NAE_ERA_R-1765_ENSV_Kirjanike_Liit_1945-1955, lk 35
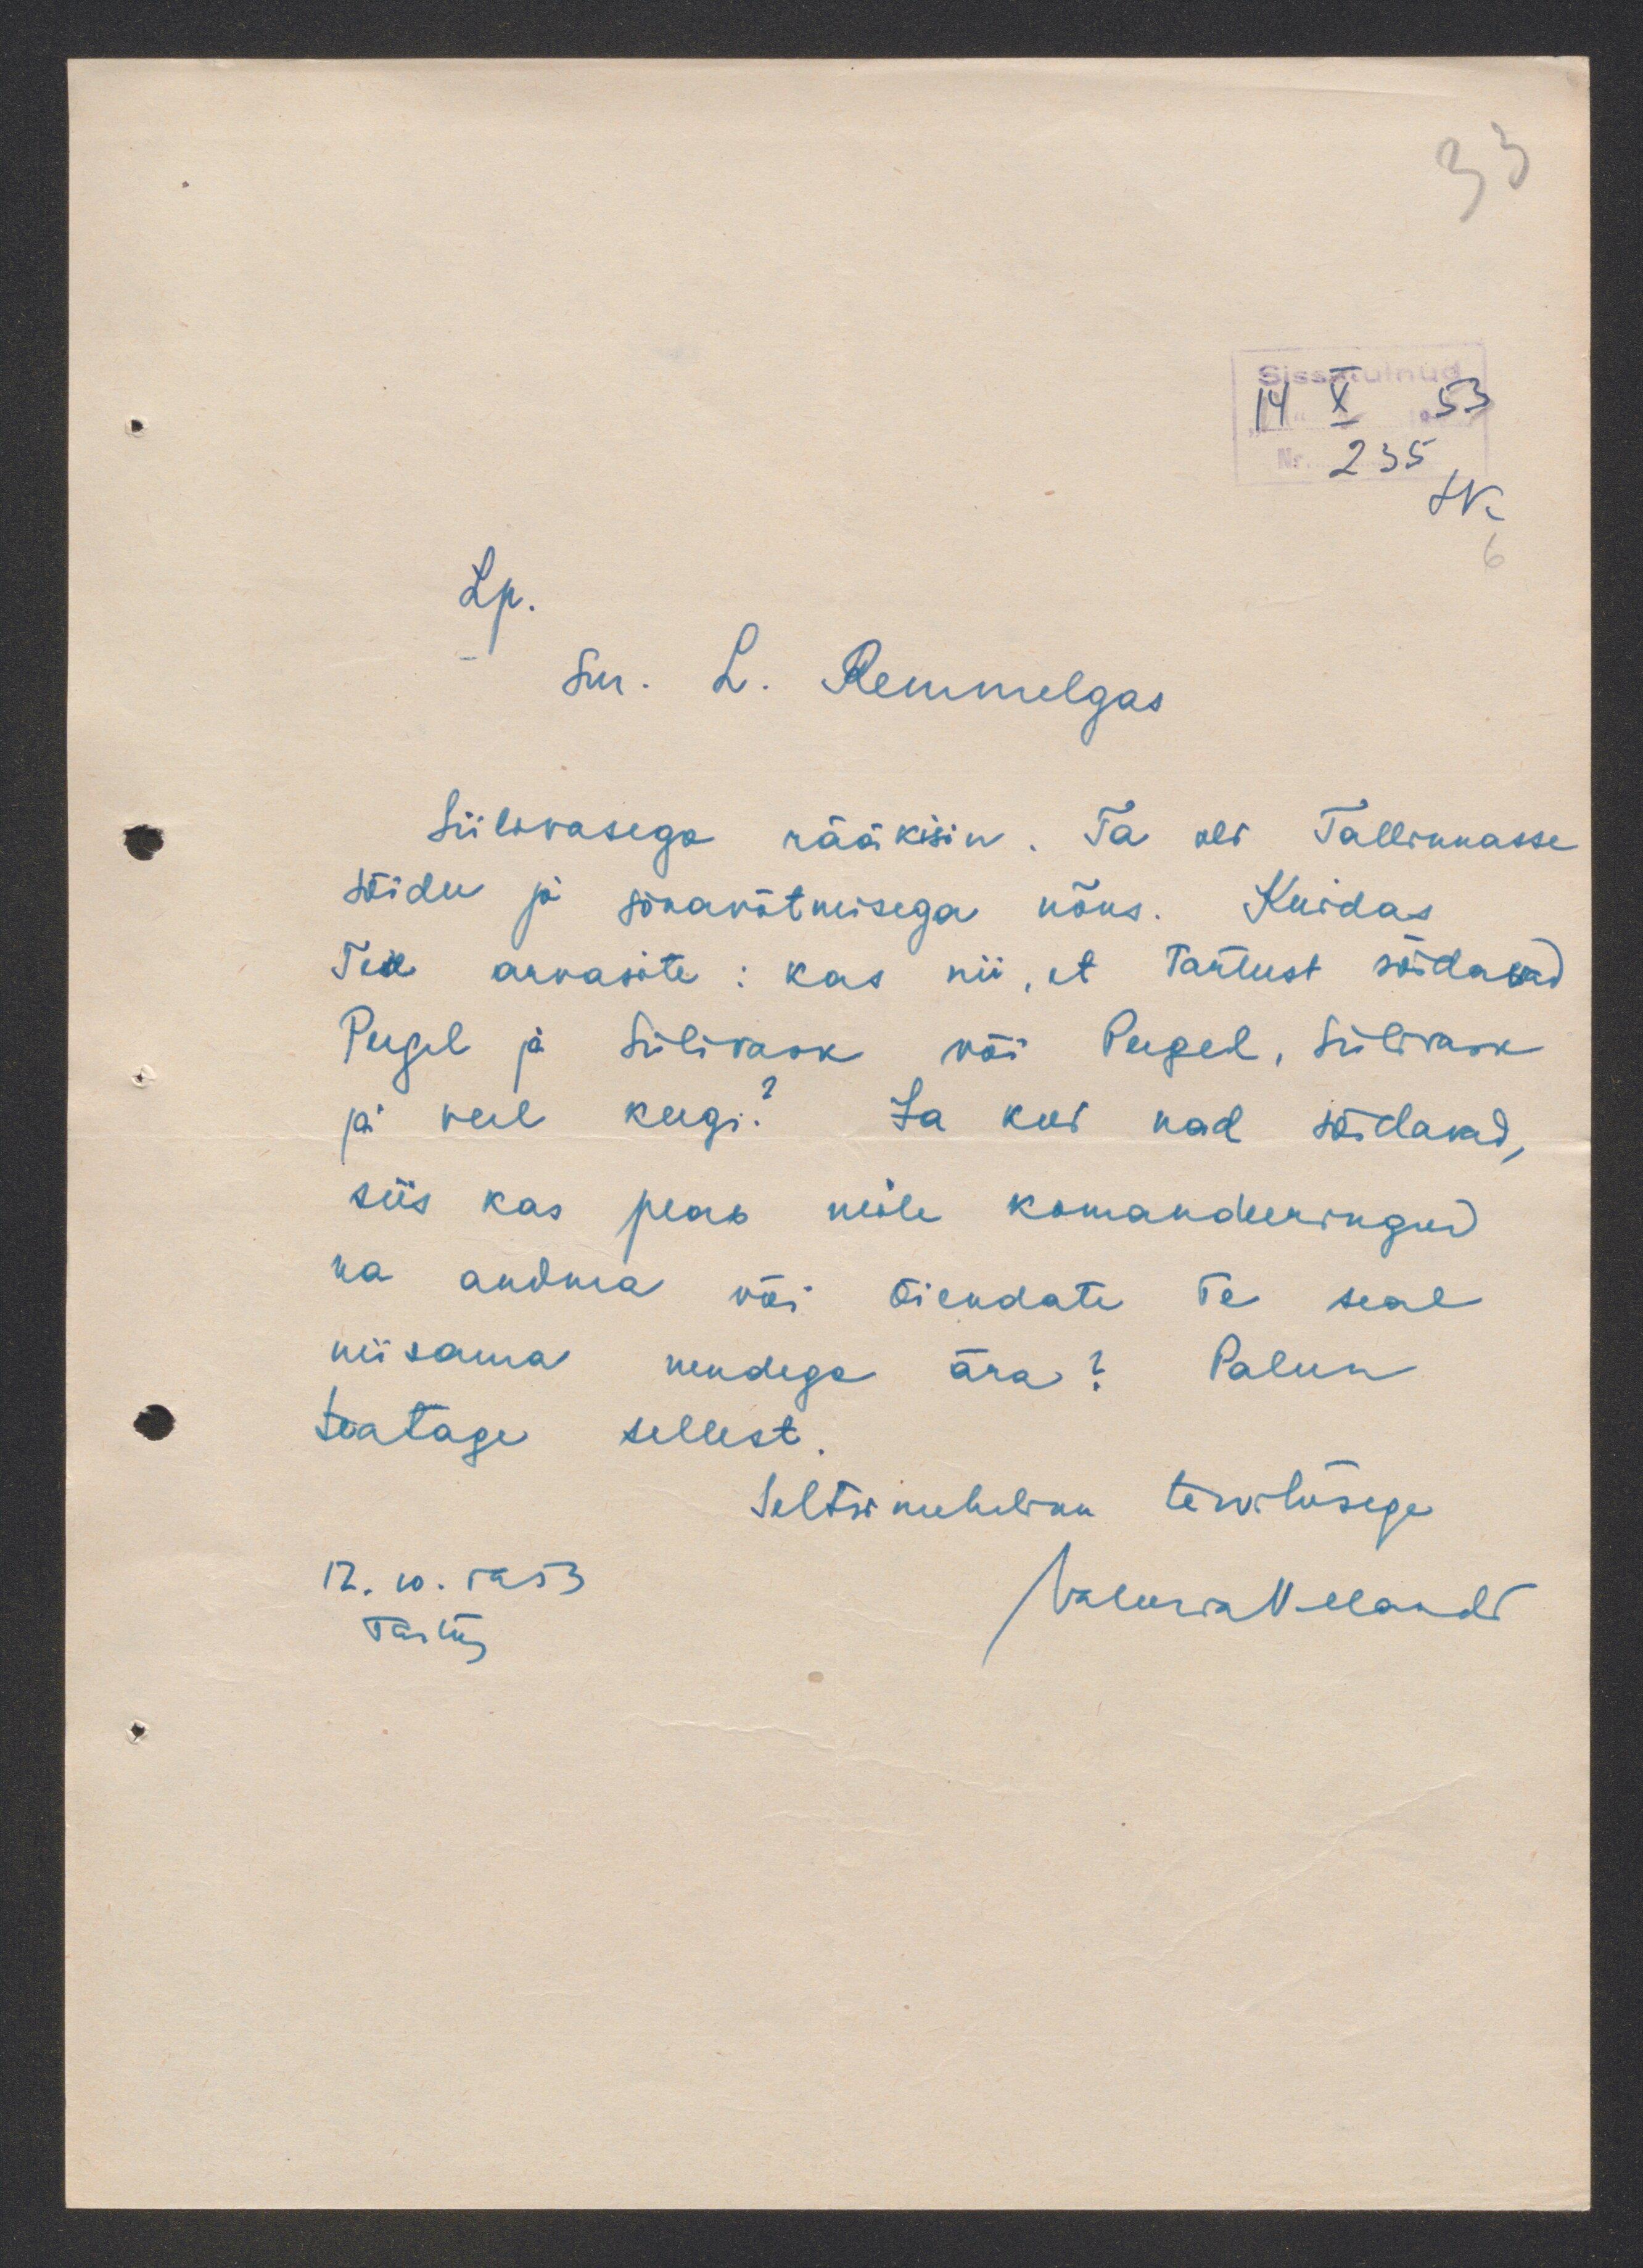
Lp
Sm. L. Remmelgas
Siilivasega rääkisin. Ta oli Tallinnasse
sõidu ja sõnavõtmisega nõus. Kuidas
Teie arvasite: kas nii, et Tartust sõidavad
Peegel ja Siilivask või Peegel, Siilivask
ja veel keegi? Ja kus nad sõidavad,
siis kas peab neile komandeeringud
ka andma või õiendate Te seal
niisama nendega ära? Palun
teatage sellest
Seltsimeheliku tervitusega
12. 10. 1953
Tartu